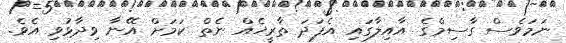
ނަމަވެސް ގާސިމްގެ އާއިލާގައި އެފަދަ ތާރީޚެއް ނެތް ކަމަށް އޭނާ ވިދާޅުވި އެވެ.